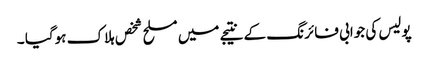
پولیس کی جوابی فائرنگ کے نتیجے میں مسلح شخص ہلاک ہوگیا ۔